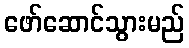
ဖော်ဆောင်သွားမည်